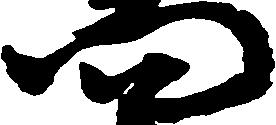
門